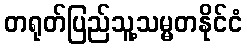
တရုတ်ပြည်သူ့သမ္မတနိုင်ငံ